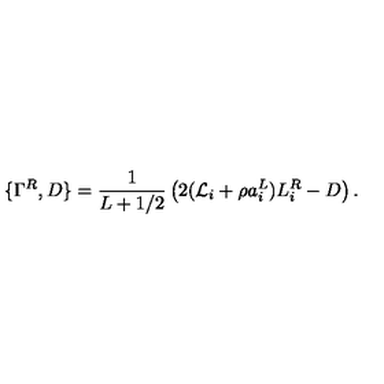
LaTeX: \{ \Gamma ^ { R } , D \} = \frac { 1 } { L + 1 / 2 } \left( 2 ( { \cal L } _ { i } + \rho a _ { i } ^ { L } ) L _ { i } ^ { R } - D \right) .